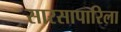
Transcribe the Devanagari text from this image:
सारसापारिला